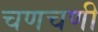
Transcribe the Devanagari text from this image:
चणचणी